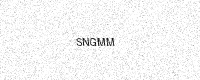
Text: SNGMM